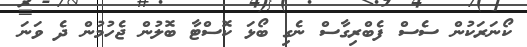
ކޯނަރަކުން ސެސް ފެބްރިގާސް ނެގި ބޯޅަ ކޮސްޓާ ބޮލުން ޖެހުމުން ދެ ވަނަ